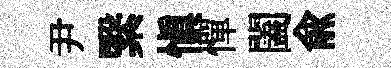
尹繄愼憚闔兪